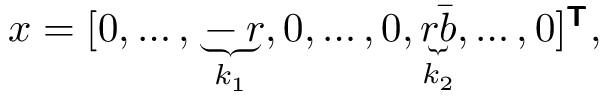
\begin{array} { r } { \boldsymbol { x } = [ 0 , \ldots , \underbrace { - r } _ { k _ { 1 } } , 0 , \ldots , 0 , \underbrace { r \bar { b } } _ { k _ { 2 } } , \ldots , 0 ] ^ { \boldsymbol { \mathsf { T } } } , } \end{array}